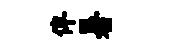
俾暑